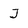
Character: J